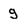
Character: g